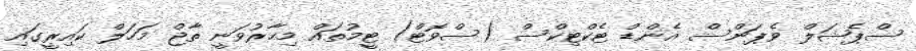
ސްޕެޝަލް ވެޕަންސް އެންޑް ޓެކްޓިކްސް (ސްވޮޓް) ޓީމުތައް މިހާރުވަނީ ތާޖް މަހަލް ކައިރީގައި